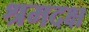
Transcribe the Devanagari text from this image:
श्रमदक्ष